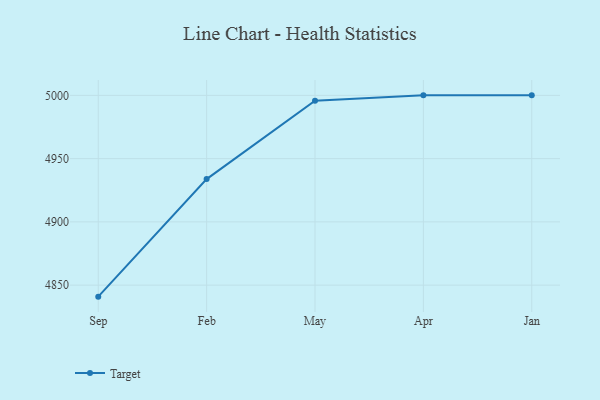
{"axis": {"x": "Month", "y": "Production Output"}, "legend": ["Target"], "data": [{"x": "Sep", "y": 4840.9, "type": "Target"}, {"x": "Feb", "y": 4933.8, "type": "Target"}, {"x": "May", "y": 4995.8, "type": "Target"}, {"x": "Apr", "y": 5000, "type": "Target"}, {"x": "Jan", "y": 5000, "type": "Target"}]}